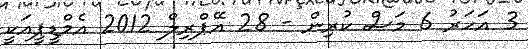
3 އަހަރު 6 މަސް ކުރިން - 28 އޭޕްރިލް 2012 އެމްޑީޕީއަކީ